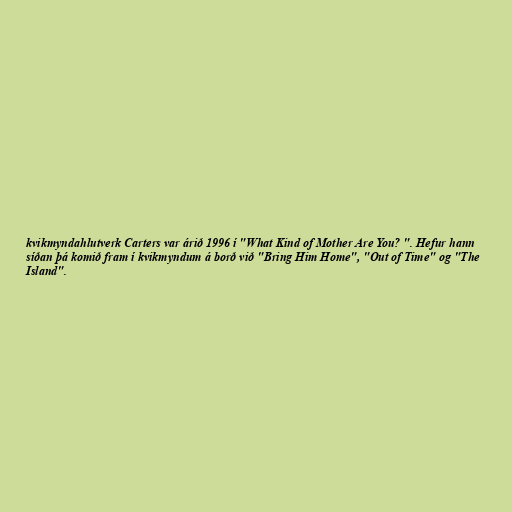
kvikmyndahlutverk Carters var árið 1996 í "What Kind of Mother Are You? ". Hefur hann
síðan þá komið fram í kvikmyndum á borð við "Bring Him Home", "Out of Time" og "The
Island".